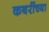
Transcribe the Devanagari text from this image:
कबरींच्या